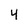
Character: 4